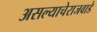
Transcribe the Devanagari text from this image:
असल्याचेराजवाडे